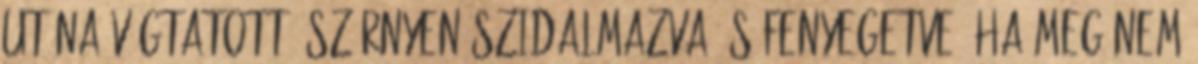
utána vágtatott, szörnyen szidalmazva és fenyegetve, ha meg nem